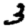
Digit: 3